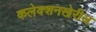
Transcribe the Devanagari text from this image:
कलेक्शनखेरीज